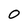
Character: 0